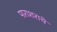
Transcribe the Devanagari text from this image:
पाराशराचे